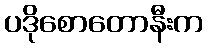
ပဒိုစောတောနီးက